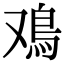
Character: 鳮